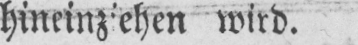
hineinziehen wird.